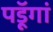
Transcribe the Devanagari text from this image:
पडॅ़ूगां